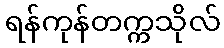
ရန်ကုန်တက္ကသိုလ်